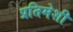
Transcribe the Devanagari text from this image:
प्रतिमेशी